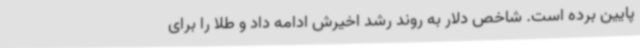
پایین برده است. شاخص دلار به روند رشد اخیرش ادامه داد و طلا را برای